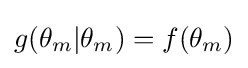
g(\theta _{m}|\theta _{m})=f(\theta _{m})